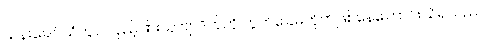
သန်းခေါင်ယံတွင် လှည့်ဖြားသူ ဗျာဒိတ်ကို တွက်ခြေမကိုက်ဖြစ်နေကြောင်းသိရသည်